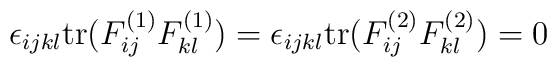
\epsilon_{ijkl} \mbox{tr} (F^{(1)}_{ij} F^{(1)}_{kl} ) =\epsilon_{ijkl} \mbox{tr} (F^{(2)}_{ij} F^{(2)}_{kl} ) = 0